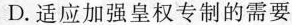
D.适应加强皇权专制的需要